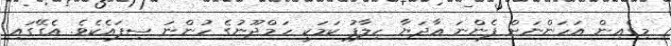
މިގެއިން އަހަންނަށް ފެންނަ އާދަޔާ ހިލާފު ކަމަކީ ހަމްދޫނުގެ ހުންނަ ސިފައެކެވެ. އެގޭގައި